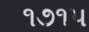
૧૭૧૫